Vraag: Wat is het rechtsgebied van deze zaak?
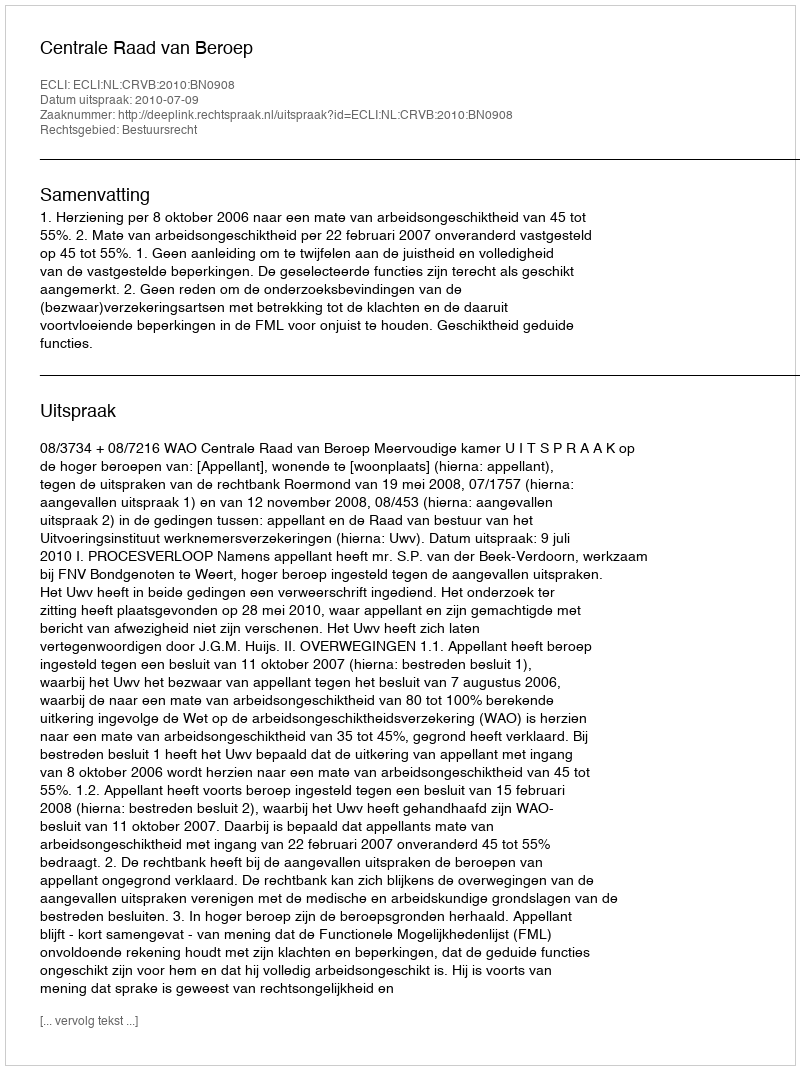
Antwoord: Bestuursrecht